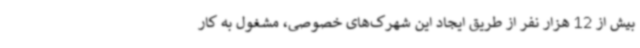
بیش از 12 هزار نفر از طریق ایجاد این شهرک‌های خصوصی، مشغول به کار